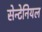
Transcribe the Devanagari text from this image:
सेन्टेनियल